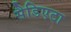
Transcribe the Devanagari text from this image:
सैडिएटा